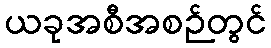
ယခုအစီအစဉ်တွင်